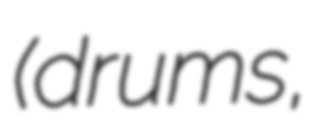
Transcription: (drums,